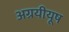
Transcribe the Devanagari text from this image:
अग्रयीयूष